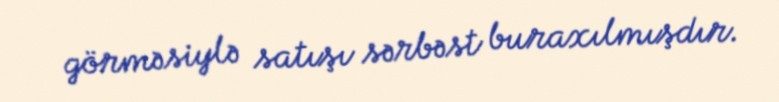
görməsiylə satışı sərbəst buraxılmışdır.